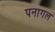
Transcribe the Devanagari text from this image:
पनागल